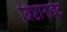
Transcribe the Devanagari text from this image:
ग्रिप्टोनाईट